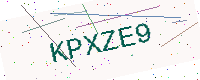
Text: KPXZE9